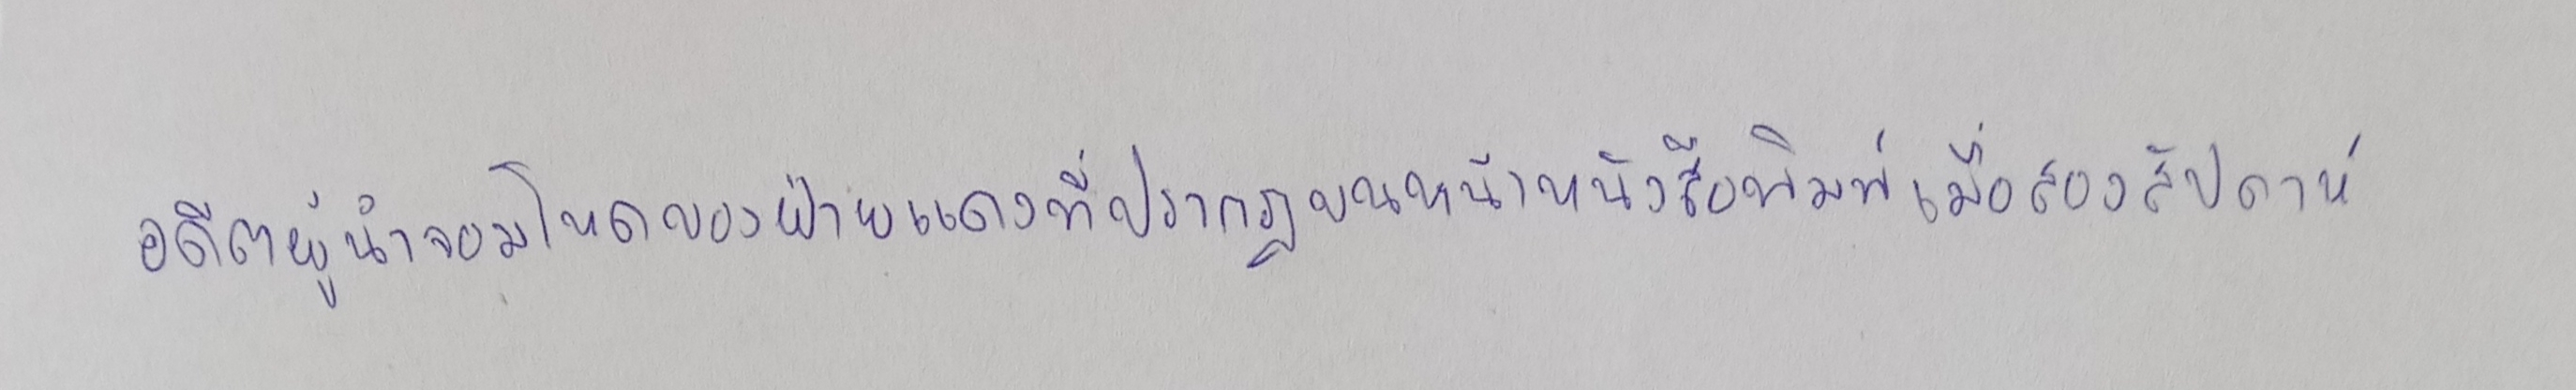
อดีตผู้นำจอมโหดของฝ่ายแดงที่ปรากฏบนหน้าหนังสือพิมพ์เมื่อสองสัปดาห์